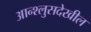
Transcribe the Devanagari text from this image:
आन्श्लुसदेखील